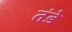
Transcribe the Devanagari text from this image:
तंडे